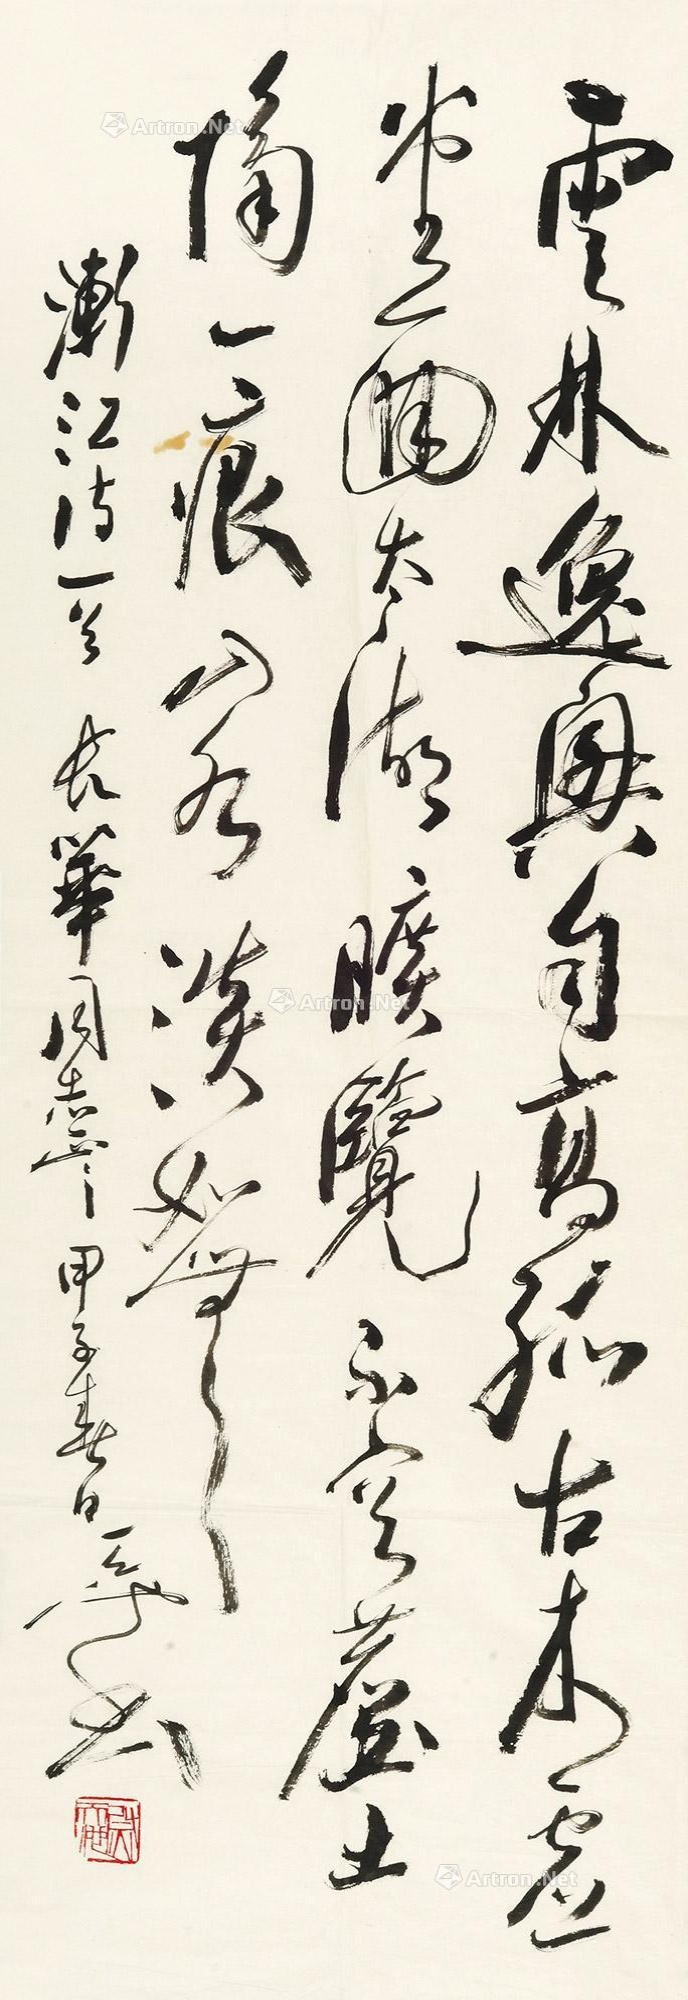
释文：云林逸兴自高孤，古木虚堂面太湖。旷览不容尘土隔，一痕山水淡如无。渐江诗一首。长华同志正之，甲子(1984)春日，天池书。